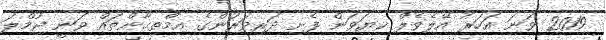
2019 ވަނަ އަހަރު އޭލެވެލް ކިޔަވަން ފެށި ދަރިވަރުންގެ އިމްތިޙާންތައް ވަނީ ޖުމްލަ